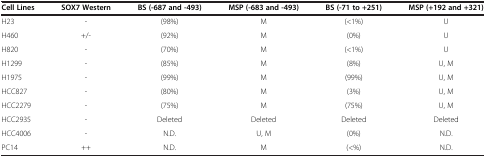
| Cell Lines | SOX7 Western | BS (-687 and -493) | MSP (-683 and -493) | BS (-71 to +251) | MSP (+192 and +321) |
 | --- | --- | --- | --- | --- | --- |
 | H23 | - | (98%) | M | (<1%) | U |
 | H460 | +/- | (92%) | M | (0%) | U |
 | H820 | - | (70%) | M | (<1%) | U |
 | H1299 | - | (85%) | M | (8%) | U, M |
 | H1975 | - | (99%) | M | (99%) | U, M |
 | HCC827 | - | (80%) | M | (3%) | U, M |
 | HCC2279 | - | (75%) | M | (75%) | U, M |
 | HCC2935 | - | Deleted | Deleted | Deleted | Deleted |
 | HCC4006 | - | N.D. | U, M | (0%) | N.D. |
 | PC14 | ++ | N.D. | M | (<%) | N.D. |